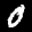
Label: 0